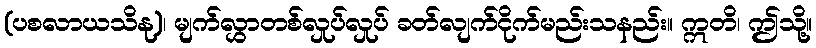
(ပစလာယသိနု)၊ မျက်လွှာတစ်လှုပ်လှုပ် ခတ်လျက်ငိုက်မည်းသနည်း။ ဣတိ၊ ဤသို့။